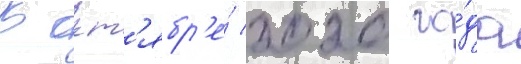
В окт'ябр'е́ 2020 го́да